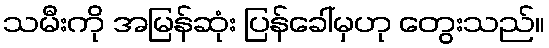
သမီးကို အမြန်ဆုံး ပြန်ခေါ်မှဟု တွေးသည်။